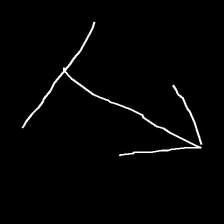
Glyph: levitation